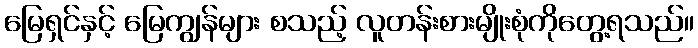
မြေရှင်နှင့် မြေကျွန်များ စသည့် လူတန်းစားမျိုးစုံကိုတွေ့ရသည်။